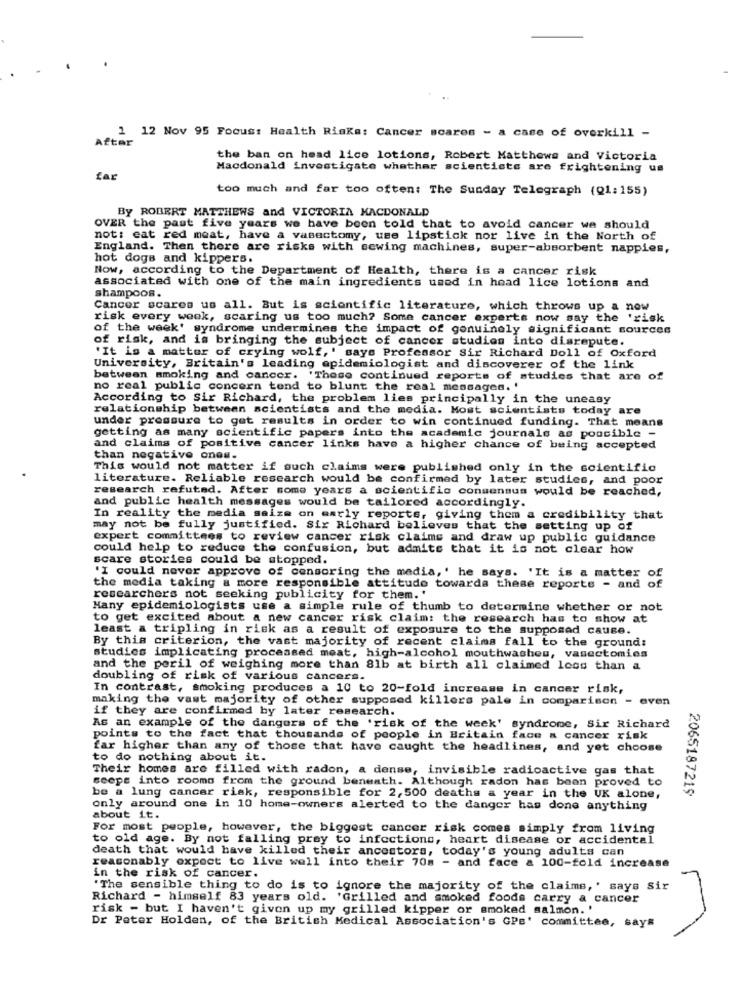
After
1 12 Nov 95 Focus: Health Risks: Cancer scares - a case of overkill -
the ban on head lice lotions, Robert Matthews and Victoria
Macdonald investigate whathar scientists are frightening us
far
too much and far too often: The Sunday Telegraph (Q1:155)
By ROBERT MATTHEWS and VICTORIA MACDONALD
OVER the past five years we have been told that to avoid cancer we should
not: eat red meat, have a vasectomy, use lipstick nor live in the North of
England. Then there are risks with sewing machines, super-absorbent nappies,
hot dogs and kippers.
Now, according to the Department of Health, there is a cancer risk
associated with one of the main ingredients used in head lice lotions and
shampoos.
Cancer scares us all. But is scientific literature, which throws up a now
risk every week, scaring us too much? Some cancer experts now say the 'risk
of the week' syndrome undermines the impact of genuinely significant sources
of risk, and is bringing the subject of cancer studies into disrepute.
'It is a matter of crying wolf,' says Professor Sir Richard Doll of Oxford
University, Britain's leading epidemiologist and discoverer of the link
between smoking and cancer. 'These continued reports of studies that are of
no real public concern tend to blunt the real messages. '
According to Sir Richard, the problem lies principally in the uneasy
relationship between scientists and the media. Most scientists today are
under pressure to get results in order to win continued funding. That means
getting as many scientific papers into the academic journals as possible -
and claims of positive cancer links have a higher chance of being accepted
than negative ones.
This would not matter if such claims were published only in the scientific
literature. Reliable research would be confirmed by later studies, and poor
research refuted. After some years a scientific consensus would be reached,
and public health messages would be tailored accordingly.
In reality the media saize on early reports, giving them a credibility that
may not be fully justified. Six Richard believes that the setting up of
expert committees to review cancer risk claims and draw up public guidance
could help to reduce the confusion, but admits that it is not clear how
scare stories could be stopped.
'I could never approve of censoring the media,' he says. 'It is a matter of
the media taking a more responsible attitude towarda these reports - and of
researchers not seeking publicity for them. "
Hany epidemiologists use a simple rule of thumb to determine whether or not
to get excited about a new cancer risk claim: the research has to show at
least a tripling in risk as a result of exposure to the supposed cause.
By this criterion, the vast majority of recent claims fall to the ground:
studies implicating processed meat, high-alcohol mouthwashes, vasectomies
and the peril of weighing more than 81b at birth all claimed less than a
doubling of risk of various cancers.
In contrast, smoking produces a 10 to 20-fold increase in cancer risk,
making the vast majority of other supposed killers pale in comparison - even
if they are confirmed by later research.
As an example of the dangers of the 'risk of the week' syndrome, Sir Richard
points to the fact that thousands of people in Britain face a cancer risk
far higher than any of those that have caught the headlines, and yet choose
to do nothing about it.
Their homes are filled with radon, a dense, invisible radioactive gas that
scope into rooms from the ground beneath. Although radon has been proved to
2065187219
be a lung cancer risk, responsible for 2, 500 deaths a year in the UK alone,
only around one in 10 home-owners alerted to the danger has done anything
about it.
For most people, however, the biggest cancer risk comes simply from living
to old age. By not falling prey to infections, heart disease or accidental
death that would have killed their ancestors, today's young adults can
reasonably expect to live well into their 70s - and face & 100-fold increase
in the risk of cancer.
'The sensible thing to do is to ignore the majority of the claims, ' says sir
Richard - himself 83 years old. 'Grilled and smoked foods carry a cancer
risk - but I haven't given up my grilled kipper or smoked salmon. '
Dr Peter Holden, of the British Medical Association's GPs' committee, says